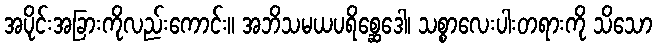
အပိုင်းအခြားကိုလည်းကောင်း။ အဘိသမယပရိစ္ဆေဒေါ၊ သစ္စာလေးပါးတရားကို သိသော